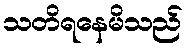
သတိရနေမိသည်